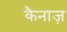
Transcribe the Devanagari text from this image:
कैनाज़